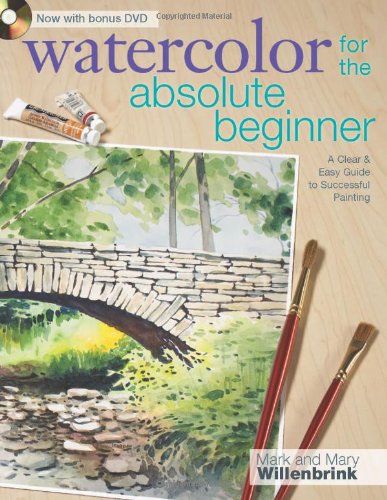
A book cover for Watercolor for the Absolute Beginner (Art for the Absolute Beginner); Mark Willenbrink; Arts & Photography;